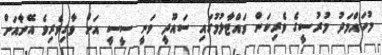
މުހައްމަދު މުރުސީގެ ވެރިކަން ވައްޓާލުމުގައި ސައޫދީ ވަނީ ސީސީ އަށް ވާގިވެރިވެ އޭނާއަށް